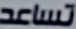
تساعد